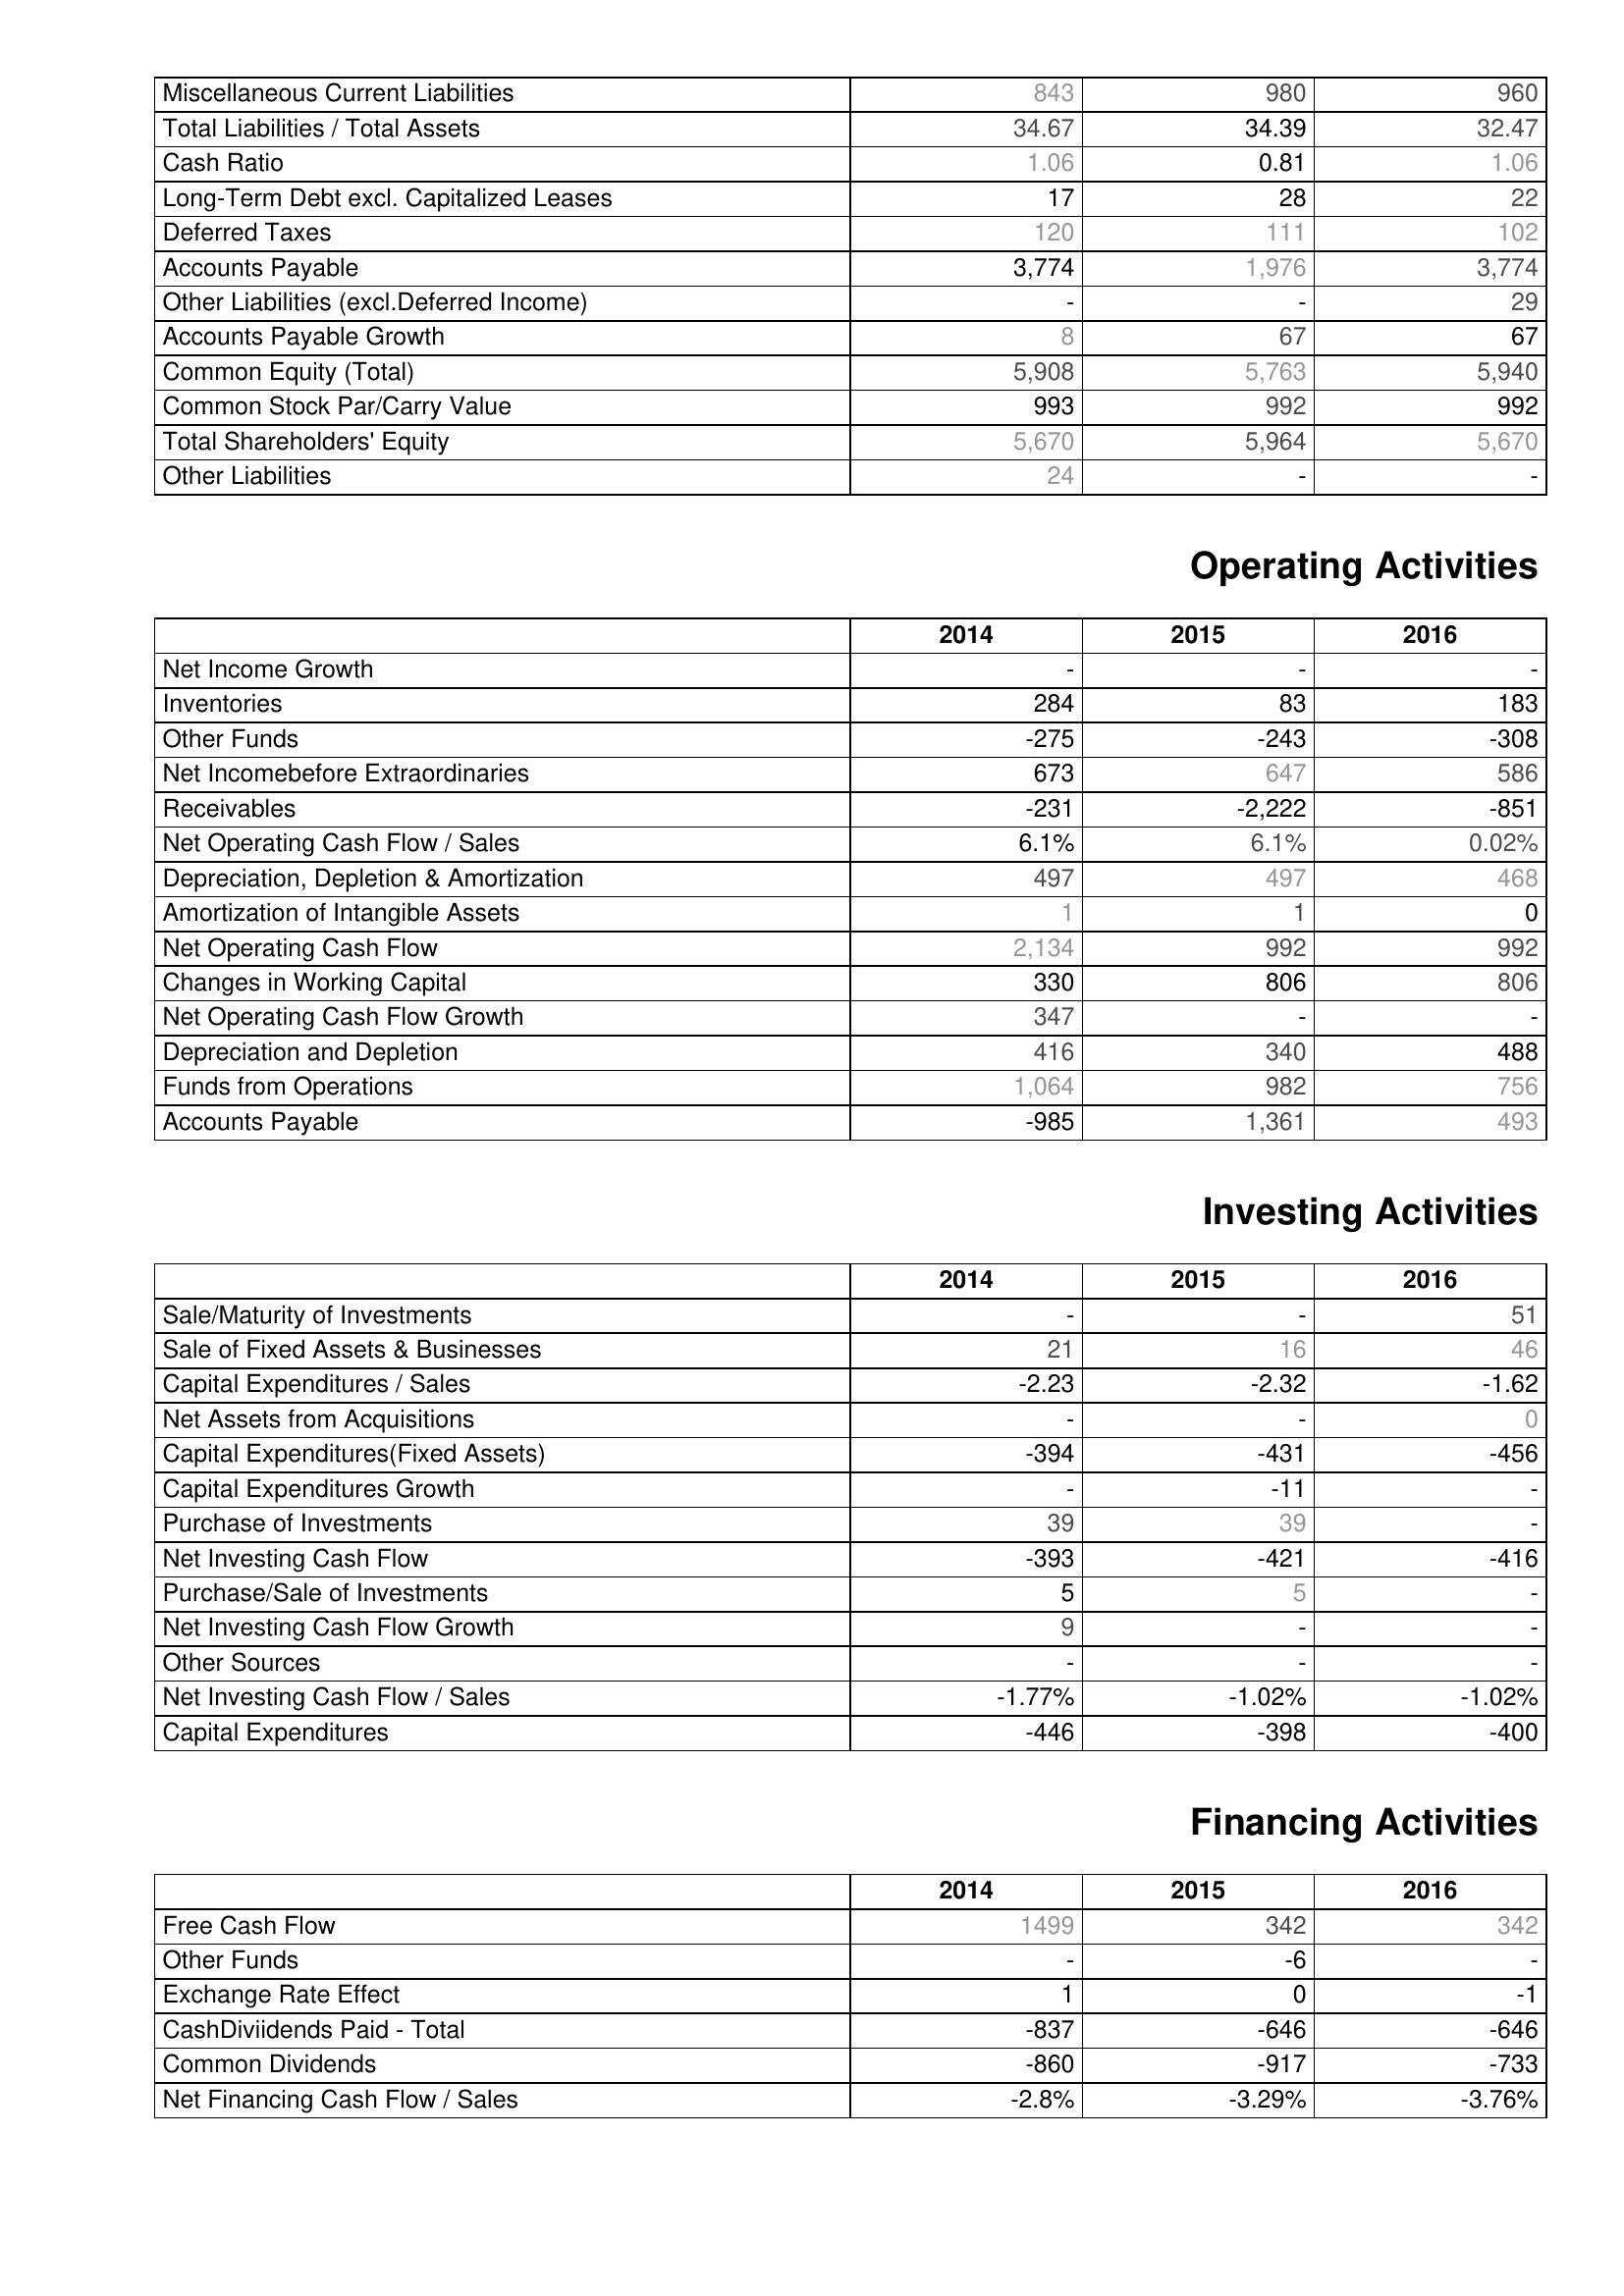
2014: Liabilities & Shareholder's Equity: Miscellaneous Current Liabilities: 843
Total Liabilities / Total Assets: 34.67
Cash Ratio: 1.06
Long-Term Debt excl. Capitalized Leases: 17
Deferred Taxes: 120
Accounts Payable: 3,774
Other Liabilities (excl.Deferred Income): -
Accounts Payable Growth: 8
Common Equity (Total): 5,908
Common Stock Par/Carry Value: 993
Total Shareholders' Equity: 5,670
Other Liabilities: 24
Operating Activities: Net Income Growth: -
Inventories: 284
Other Funds: -275
Net Incomebefore Extraordinaries: 673
Receivables: -231
Net Operating Cash Flow / Sales: 6.1%
Depreciation, Depletion & Amortization: 497
Amortization of Intangible Assets: 1
Net Operating Cash Flow: 2,134
Changes in Working Capital: 330
Net Operating Cash Flow Growth: 347
Depreciation and Depletion: 416
Funds from Operations: 1,064
Accounts Payable: -985
Investing Activities: Sale/Maturity of Investments: -
Sale of Fixed Assets & Businesses: 21
Capital Expenditures / Sales: -2.23
Net Assets from Acquisitions: -
Capital Expenditures(Fixed Assets): -394
Capital Expenditures Growth: -
Purchase of Investments: 39
Net Investing Cash Flow: -393
Purchase/Sale of Investments: 5
Net Investing Cash Flow Growth: 9
Other Sources: -
Net Investing Cash Flow / Sales: -1.77%
Capital Expenditures: -446
Financing Activities: Free Cash Flow: 1499
Other Funds: -
Exchange Rate Effect: 1
CashDiviidends Paid - Total: -837
Common Dividends: -860
Net Financing Cash Flow / Sales: -2.8%
2015: Liabilities & Shareholder's Equity: Miscellaneous Current Liabilities: 980
Total Liabilities / Total Assets: 34.39
Cash Ratio: 0.81
Long-Term Debt excl. Capitalized Leases: 28
Deferred Taxes: 111
Accounts Payable: 1,976
Other Liabilities (excl.Deferred Income): -
Accounts Payable Growth: 67
Common Equity (Total): 5,763
Common Stock Par/Carry Value: 992
Total Shareholders' Equity: 5,964
Other Liabilities: -
Operating Activities: Net Income Growth: -
Inventories: 83
Other Funds: -243
Net Incomebefore Extraordinaries: 647
Receivables: -2,222
Net Operating Cash Flow / Sales: 6.1%
Depreciation, Depletion & Amortization: 497
Amortization of Intangible Assets: 1
Net Operating Cash Flow: 992
Changes in Working Capital: 806
Net Operating Cash Flow Growth: -
Depreciation and Depletion: 340
Funds from Operations: 982
Accounts Payable: 1,361
Investing Activities: Sale/Maturity of Investments: -
Sale of Fixed Assets & Businesses: 16
Capital Expenditures / Sales: -2.32
Net Assets from Acquisitions: -
Capital Expenditures(Fixed Assets): -431
Capital Expenditures Growth: -11
Purchase of Investments: 39
Net Investing Cash Flow: -421
Purchase/Sale of Investments: 5
Net Investing Cash Flow Growth: -
Other Sources: -
Net Investing Cash Flow / Sales: -1.02%
Capital Expenditures: -398
Financing Activities: Free Cash Flow: 342
Other Funds: -6
Exchange Rate Effect: 0
CashDiviidends Paid - Total: -646
Common Dividends: -917
Net Financing Cash Flow / Sales: -3.29%
2016: Liabilities & Shareholder's Equity: Miscellaneous Current Liabilities: 960
Total Liabilities / Total Assets: 32.47
Cash Ratio: 1.06
Long-Term Debt excl. Capitalized Leases: 22
Deferred Taxes: 102
Accounts Payable: 3,774
Other Liabilities (excl.Deferred Income): 29
Accounts Payable Growth: 67
Common Equity (Total): 5,940
Common Stock Par/Carry Value: 992
Total Shareholders' Equity: 5,670
Other Liabilities: -
Operating Activities: Net Income Growth: -
Inventories: 183
Other Funds: -308
Net Incomebefore Extraordinaries: 586
Receivables: -851
Net Operating Cash Flow / Sales: 0.02%
Depreciation, Depletion & Amortization: 468
Amortization of Intangible Assets: 0
Net Operating Cash Flow: 992
Changes in Working Capital: 806
Net Operating Cash Flow Growth: -
Depreciation and Depletion: 488
Funds from Operations: 756
Accounts Payable: 493
Investing Activities: Sale/Maturity of Investments: 51
Sale of Fixed Assets & Businesses: 46
Capital Expenditures / Sales: -1.62
Net Assets from Acquisitions: 0
Capital Expenditures(Fixed Assets): -456
Capital Expenditures Growth: -
Purchase of Investments: -
Net Investing Cash Flow: -416
Purchase/Sale of Investments: -
Net Investing Cash Flow Growth: -
Other Sources: -
Net Investing Cash Flow / Sales: -1.02%
Capital Expenditures: -400
Financing Activities: Free Cash Flow: 342
Other Funds: -
Exchange Rate Effect: -1
CashDiviidends Paid - Total: -646
Common Dividends: -733
Net Financing Cash Flow / Sales: -3.76%